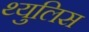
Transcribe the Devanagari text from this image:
थ्युलिस